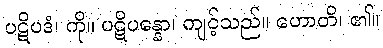
ပဋိပဒံ၊ ကို။ ပဋိပန္နော၊ ကျင့်သည်။ ဟောတိ၊ ၏။